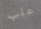
علب